Scottish Certificate of Education, 1963
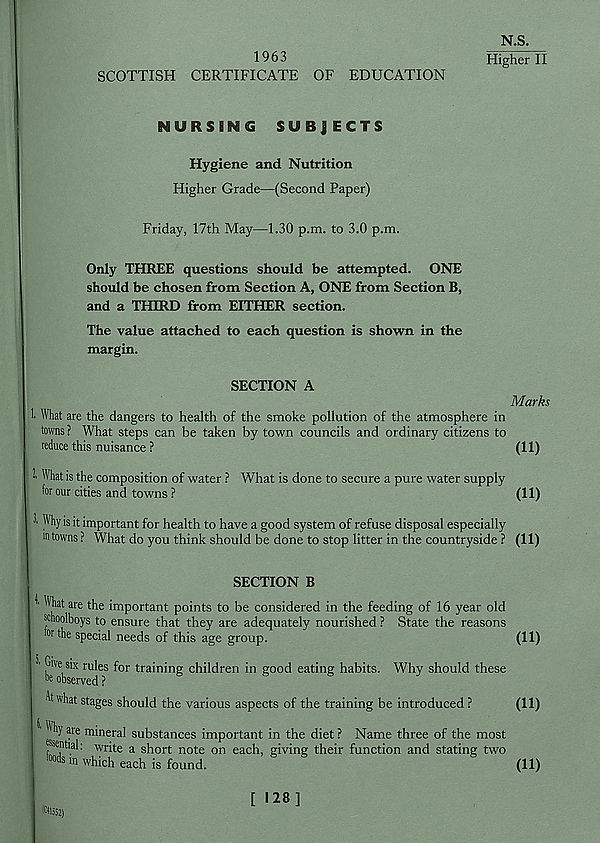
1963
SCOTTISH CERTIFICATE OF EDUCATION
Higher II
NURSING SUBJECTS
Hygiene and Nutrition
Higher Grade—(Second Paper)
Friday, 17th May—1.30 p.m. to 3.0 p.m.
Only THREE questions should be attempted. ONE
should be chosen from Section A, ONE from Section B,
and a THIRD from EITHER section.
The value attached to each question is shown in the
margin.
SECTION A
Marks
What are the dangers to health of the smoke pollution of the atmosphere in
towns ? What steps can be taken by town councils and ordinary citizens to
reduce this nuisance ?
(11)
1 What is the composition of water ? What is done to secure a pure water supply
for our cities and towns ?
(11)
3' Why is it important for health to have a good system of refuse disposal especially
in towns ? What do you think should be done to stop litter in the countryside ? (11)
SECTION B
^ What are the important points to be considered in the feeding of 16 year old
schoolboys to ensure that they are adequately nourished ? State the reasons
or the special needs of this age group.
(11)
' hT rU
( j eS ^0 r tra * n i n g children in good eating habits. Why should these
what stages should the various aspects of the training be introduced ?
(11)
" h y ^r e mineral substances important in the diet ? Name three of the most
essential; write a short note on each, giving their function and stating two
foods m which each is found.
(11)